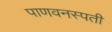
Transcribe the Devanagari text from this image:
पाणवनस्पती